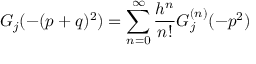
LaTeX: G _ { j } ( - ( p + q ) ^ { 2 } ) = \sum _ { n = 0 } ^ { \infty } { \frac { h ^ { n } } { n ! } } G _ { j } ^ { ( n ) } ( - p ^ { 2 } )